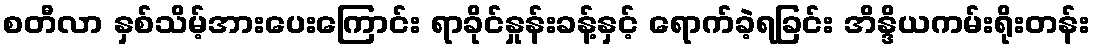
စတီလာ နှစ်သိမ့်အားပေးကြောင်း ရာခိုင်နှုန်းခန့်နှင့် ရောက်ခဲ့ရခြင်း အိန္ဒိယကမ်းရိုးတန်း